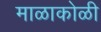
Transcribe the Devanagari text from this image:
माळाकोळी